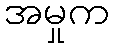
အမှုက